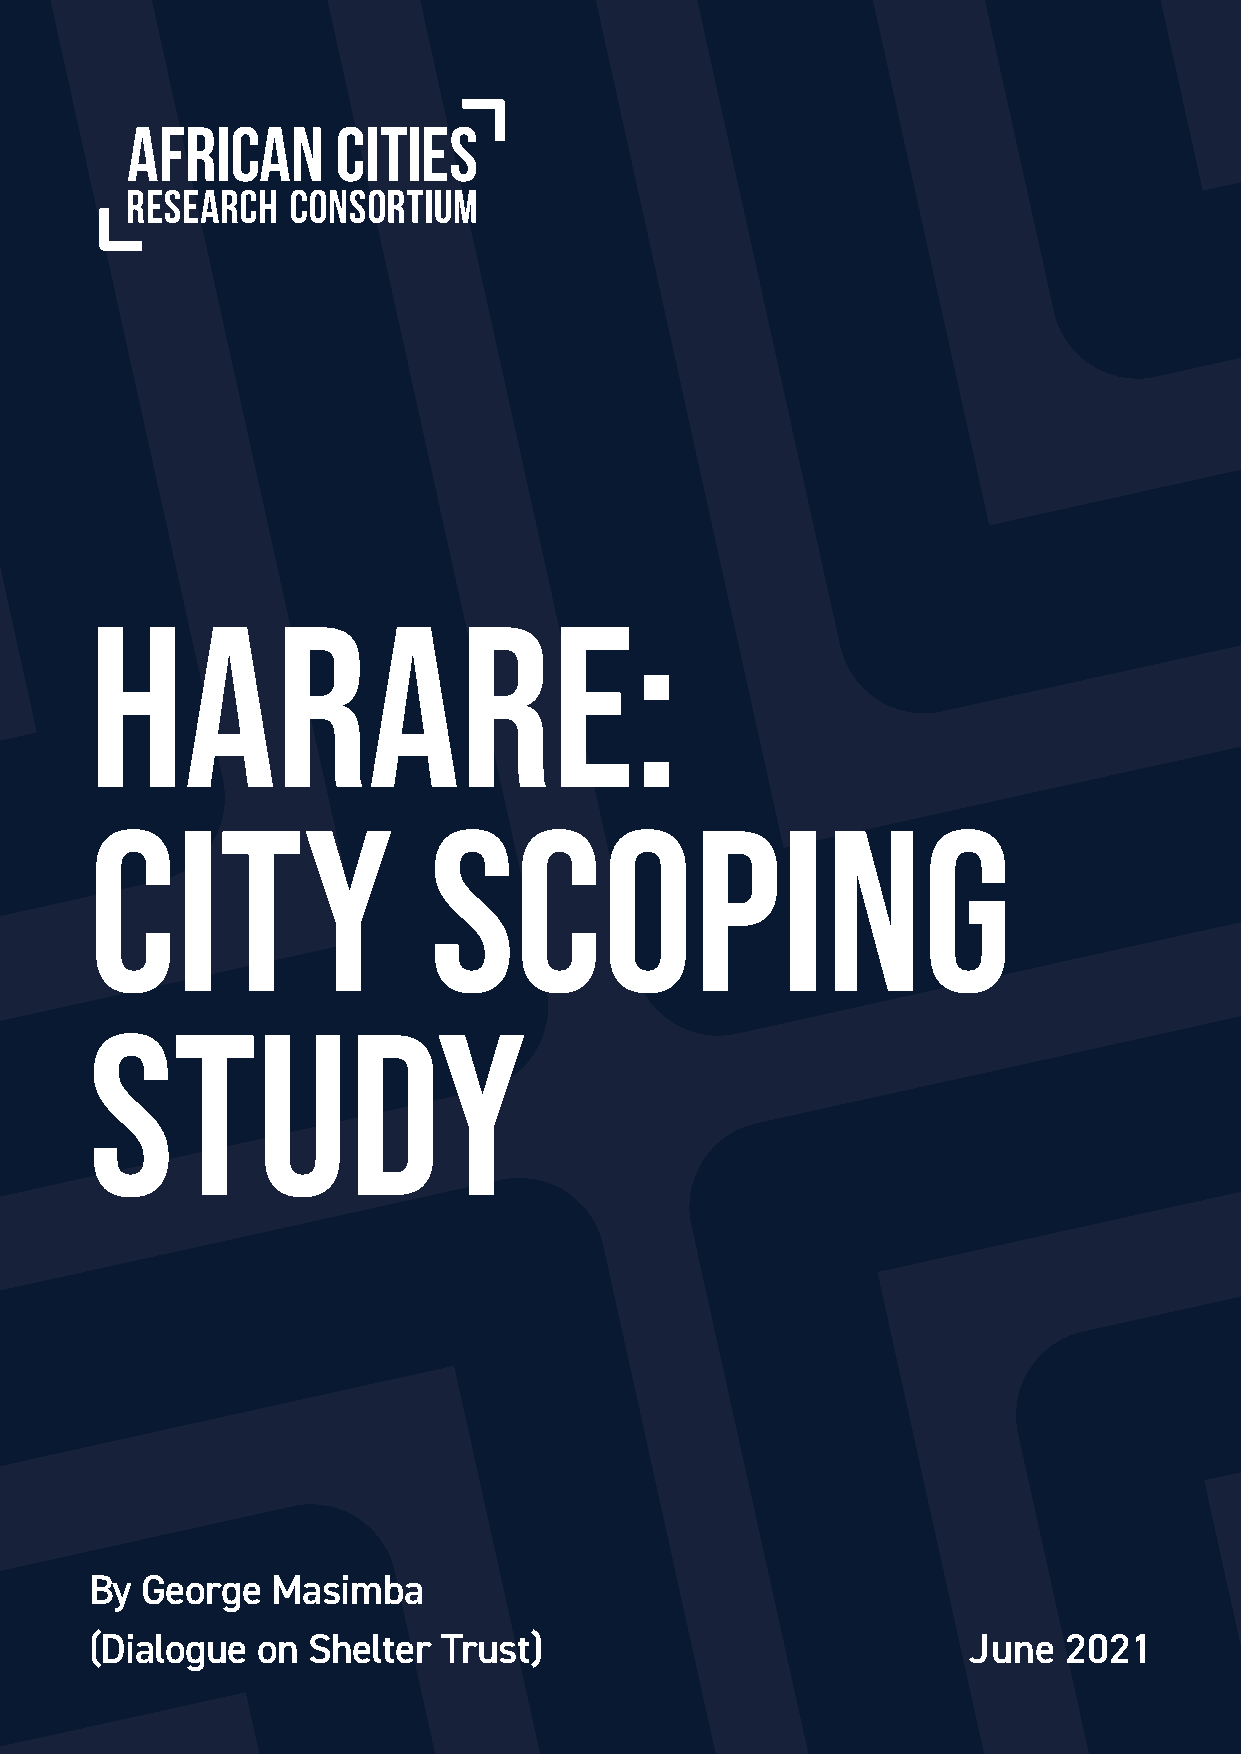
HARARE:
 CITY                  SCOPING
 STUDY
 By George   Masimba
 (Dialogue  on Shelter  Trust)                             June  2021